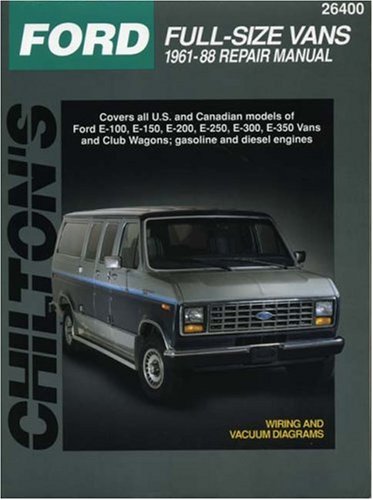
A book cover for Ford Full-Size Vans, 1961-88 (Chilton Total Car Care Series Manuals); Chilton; Engineering & Transportation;